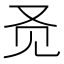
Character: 𬢇